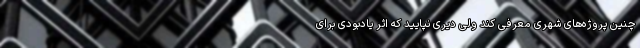
چنین پروژه‌های شهری معرفی کند ولی دیری نپایید که اثر یادبودی برای